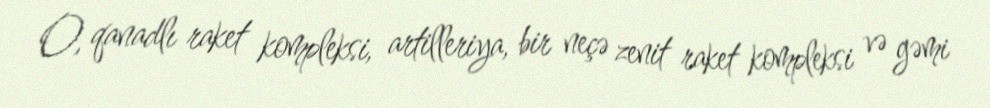
O, qanadlı raket kompleksi, artilleriya, bir neçə zenit raket kompleksi və gəmi